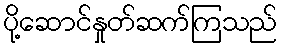
ပို့ဆောင်နှုတ်ဆက်ကြသည်